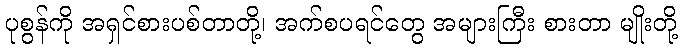
ပုစွန်ကို အရှင်စားပစ်တာတို့၊ အက်စပရင်တွေ အများကြီး စားတာ မျိုးတို့